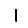
Digit: 1